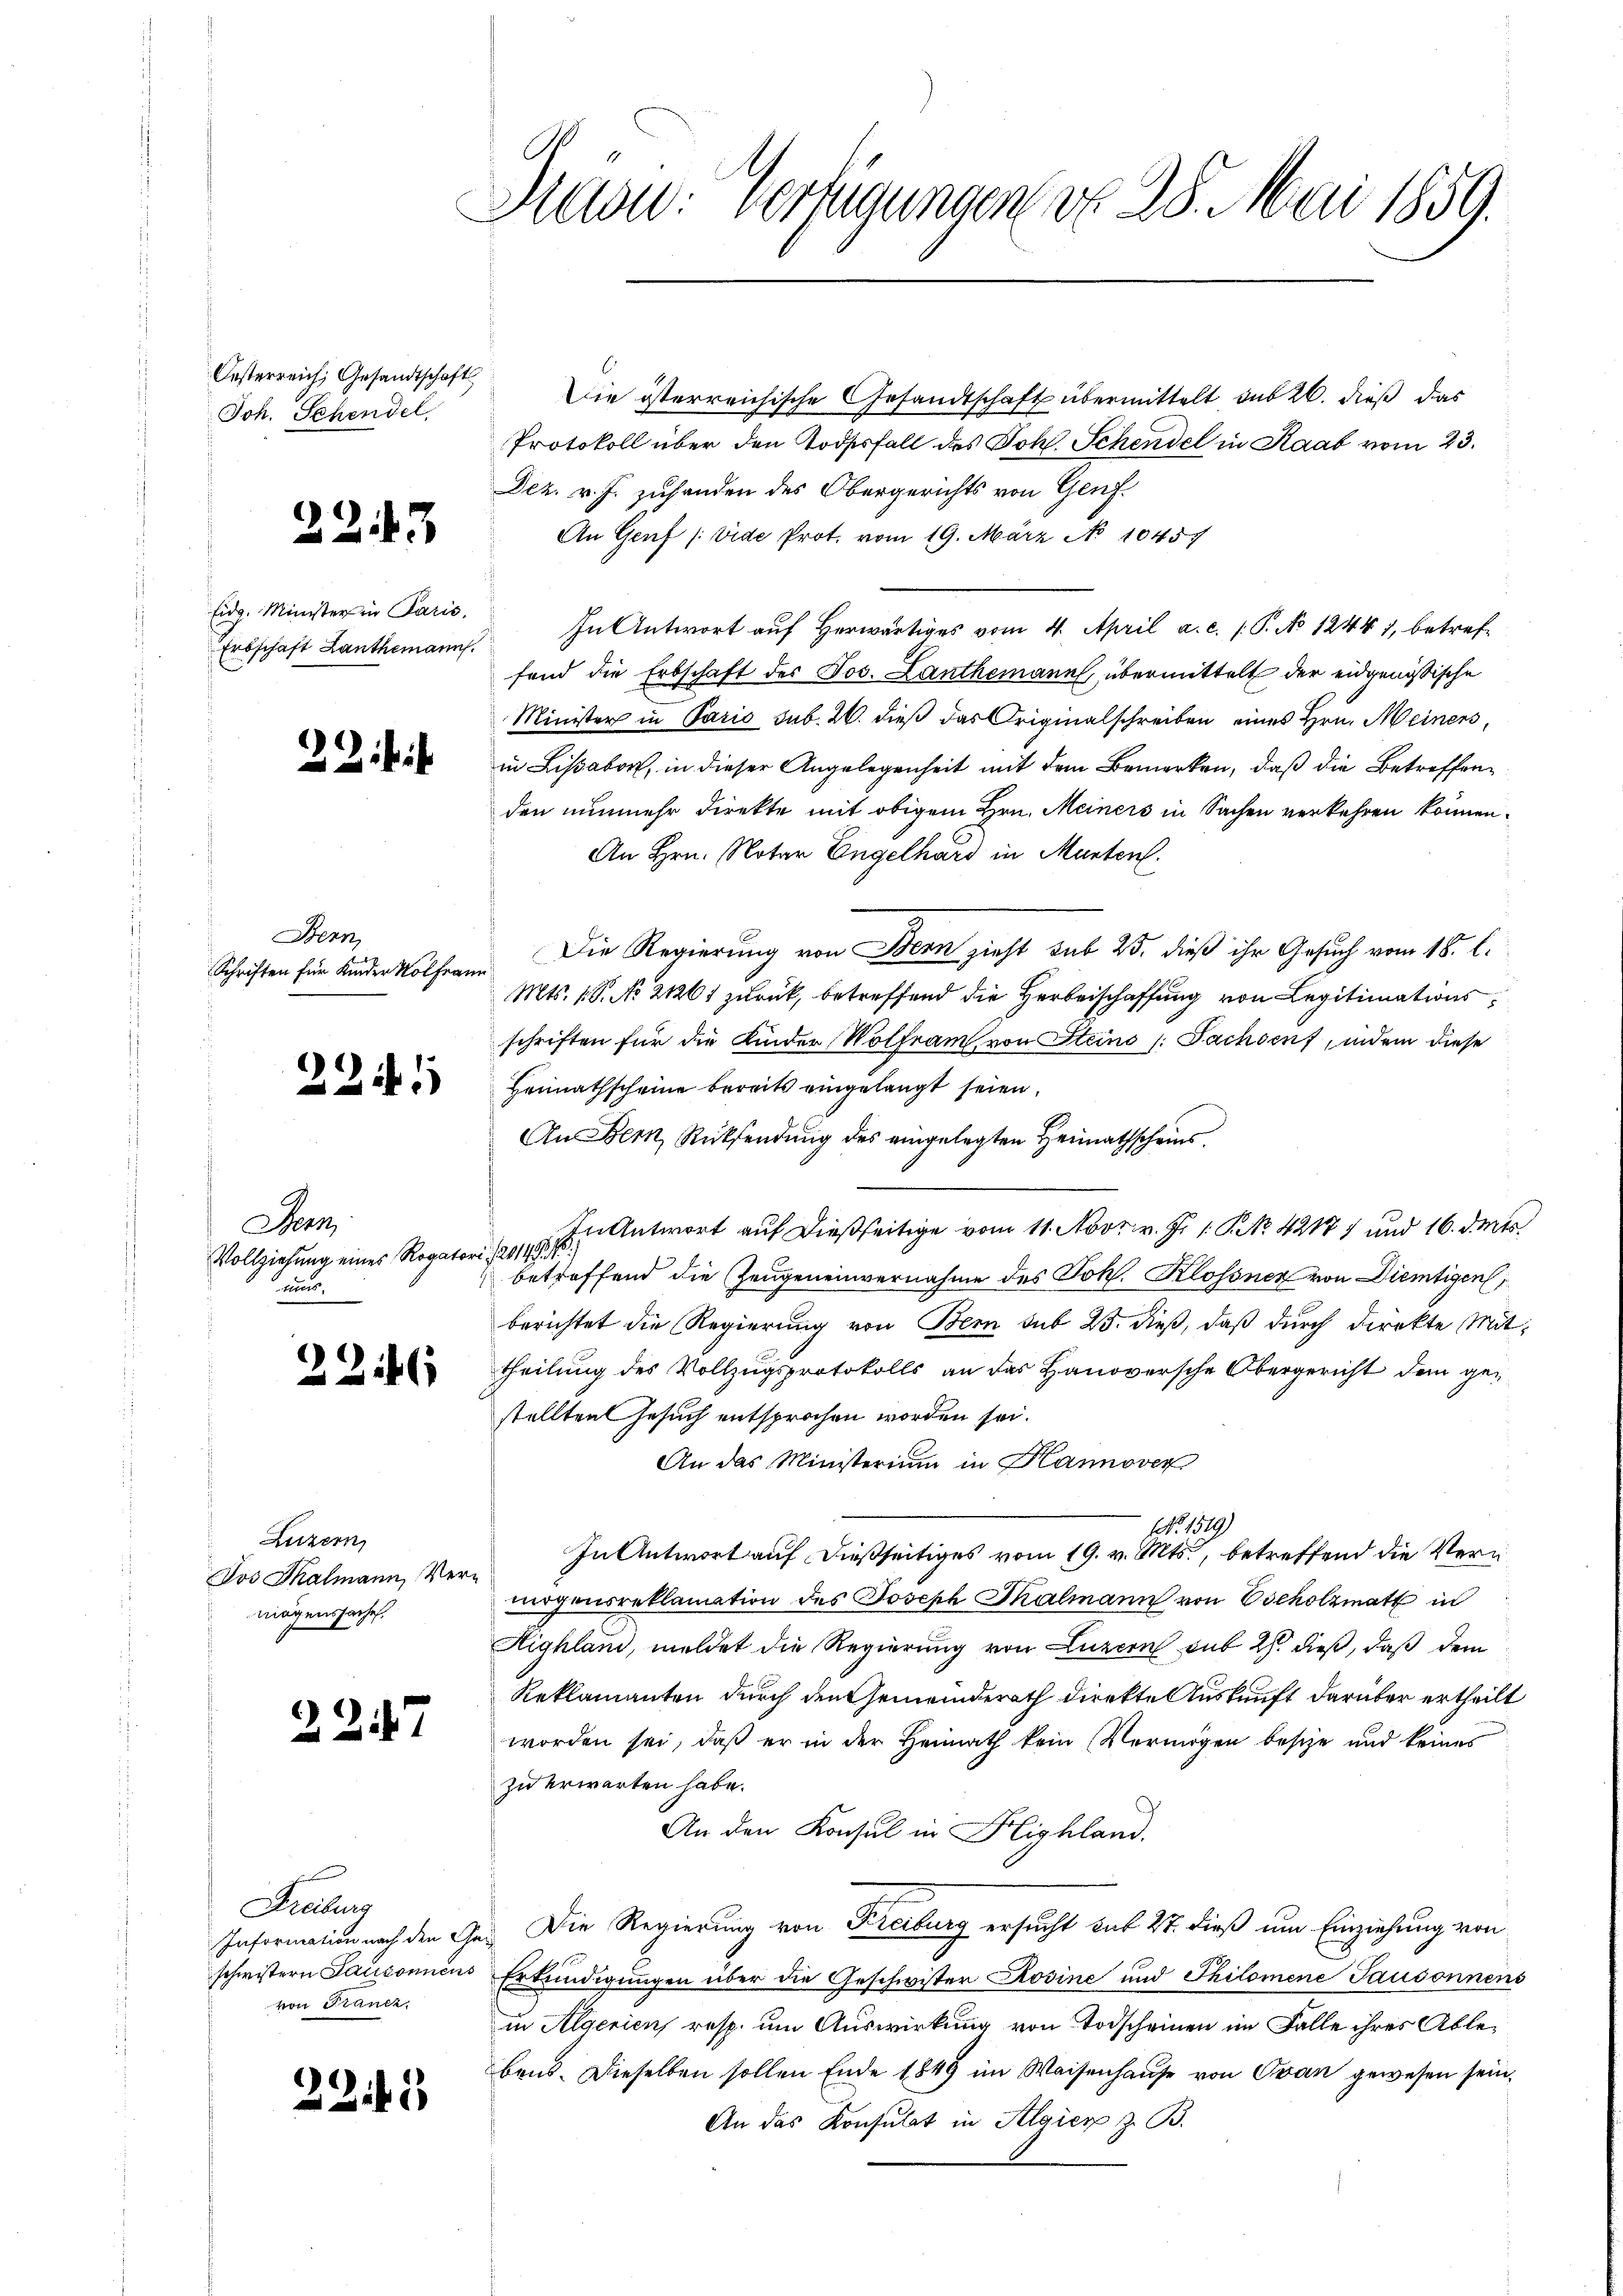
Oesterreich, Gesandtschaft
Joh. Schendel

c

22

Bern,
Schriften für Kinder Wolfrann

2241

Bern
Vollziehung eines Rogato
nun

c

3

247

Eidg. Minister in Paris,
Erbschaft Lanthemann.

26

Luzern,
Jos Thalmann Vermögenssache.

247

Freiburg
Information nach den
schwistern Saisonnens
von Francz

2242

i

Seon vorzugungen d. 28. Mai 1859.

Die österreichische Gesandtschaft übermittelt sub 20. dieß das
Protokoll über den Todesfall des Joh. Schendel in Raab vom 23.
Dez. v. J. zuhanden des Obergerichts von Genf.
An Genf (vide Prot. vom 19. März No 10457
In Antwort auf Herwärtiges vom 4. April a.c. (: P. No 12441, betreffand die Erbschaft des Jos. Lanthemann, übermittelt der eidgenössische
Minister in Paris sub. 26. dieß das Originalschreiben eines Hrn. Meiners,
in Lissabort, in dieser Angelegenheit mit dem Bemerken, daß die Betreffenden nunmehr direkte mit obigem Hrn. Meiners in Sachen verkehren können.
An Hrn. Notar Engelhard in Murten.
Die Regierung von Bern zieht sub 23. dieß ihr Gesuch vom 18. l.
Mts. 1. P. No 21261 zurück, betreffend die Herbeischaffung von Legitimationsschriften für die Kinder Wolfram, von Steins /: Fachsens, indem diese
Heimathscheine bereits eingelangt seien.
An Dem Rücksendung des eingelegten Heimathscheins.
In Antwort auf dießseitige vom 11. Nov. v. J. 1. No. 42177 und 16. deuts
21419.
betreffend die Zeugeneinvernahme des Joh. Klossner von Diemtigen
berichtet die Regierung von Bern sub 25. dieß, daß durch direkte Mittheilung des Vollzugsprotokolls an das Hanoversche Obergericht dem gestellten Gesuch entsprochen worden sei.
An das Ministerium in Hannover
NNo. 1529)
In Antwort auf dießseitiges vom 19. v. Mts., betreffend die Ver¬
Argensreklamation des Joseph Thalmann von Escholzmatt in
Highland, meldet die Regierung von Luzern sub 27. dieß, daß dem
Reklamanten durch den Gemeinderath direkte Auskunft darüber ertheilt
worden sei, daß er in der Heimath kein Vermögen besche und keines
zu erwarten habe.
An den Konsul in Highland.
Die Regierung von Freiburg ersucht hat 27. dieß um Einziehung von
Erkundigungen über die Geschwister Rosine und Philomene Tausonnens
in Algerien, resp. um Auswirkung von Todscheinen im Falle ihres Ablebens. Dieselben sollen Ende 1849 im Waisenhause von Ovan gewesen sein,
An das Konsulat in Algier z. B.